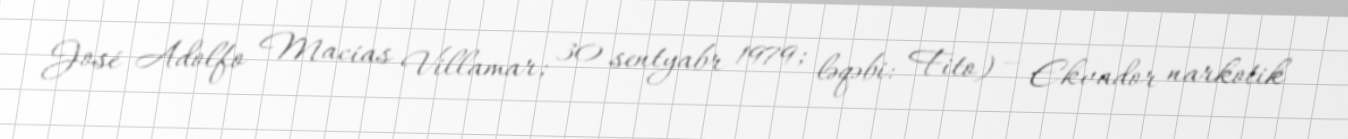
José Adolfo Macías Villamar; 30 sentyabr 1979; ləqəbi: Fito) — Ekvador narkotik